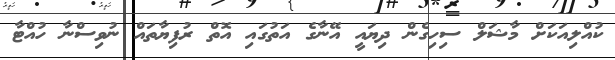
ކުއްލިއަކަށް މާޝަލް ސިހިގެން ދިޔައީ އޭނާގެ އަތުގައި އޮތް ރުފިޔާތައް ނުވިސްނާ ހުއްޓާ